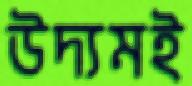
উদ্যমই